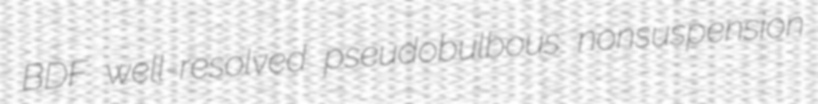
BDF well-resolved pseudobulbous nonsuspension